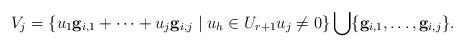
LaTeX: \begin{align*}V_j=\{ u_1\mathbf{g}_{i,1} + \dots + u_j\mathbf{g}_{i,j} \mid u_h \in U_{r+1} u_j \neq 0 \} \bigcup \{\mathbf{g}_{i,1},\dots,\mathbf{g}_{i,j} \}.\end{align*}